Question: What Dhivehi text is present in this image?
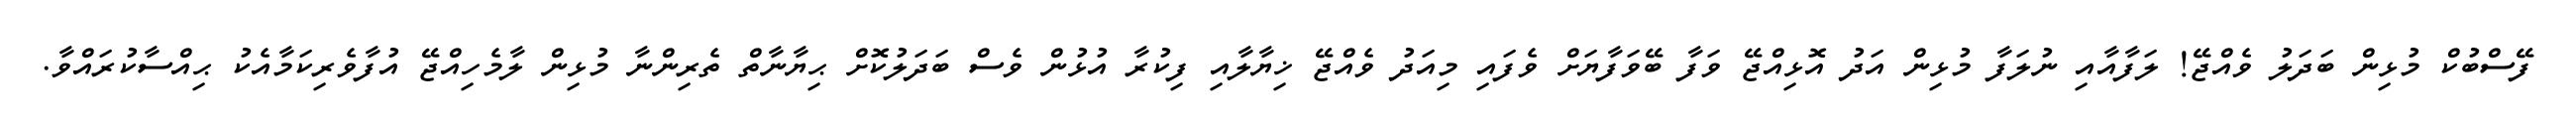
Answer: ފޭސްބުކް މުޅިން ބަދަލު ވެއްޖޭ! ލަފާއާއި ނުލަފާ މުޅިން އަދު އޮޅިއްޖޭ ވަފާ ބޭވަފާޔަށް ވެފައި މިއަދު ވެއްޖޭ ޚިޔާލާއި ފިކުރާ އުޅުން ވެސް ބަދަލުކޮށް ޙިޔާނާތް ތެރިންނާ މުޅިން ލާމެހިއްޖޭ އުފާވެރިކަމާއެކު ޙިއްސާކުރައްވާ.